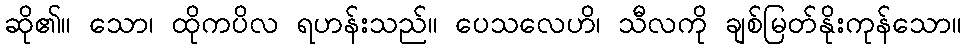
ဆို၏။ သော၊ ထိုကပိလ ရဟန်းသည်။ ပေသလေဟိ၊ သီလကို ချစ်မြတ်နိုးကုန်သော။